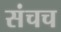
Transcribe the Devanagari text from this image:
संचच